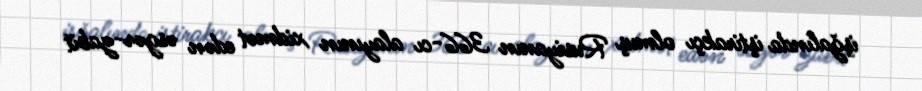
işğalında iştirakçı olmuş Rusiyanın 366-cı alayının xidmət edən əsgər-zabit